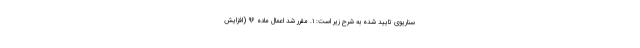
سناریوی تایید شده به شرح زیر است: ۱. مقرر شد اعمال ماده ۹۶ (افزایش